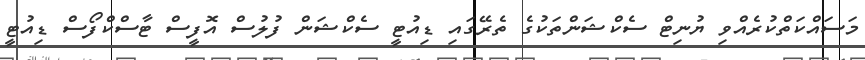
މަސައްކަތްކުރެއްވި ޔުނިޓް ސެކްޝަންތަކުގެ ތެރޭގައި ޑިއުޓީ ސެކްޝަން ފުލުސް އޮފީސް ޓާސްކްފޯސް ޑިއުޓީ